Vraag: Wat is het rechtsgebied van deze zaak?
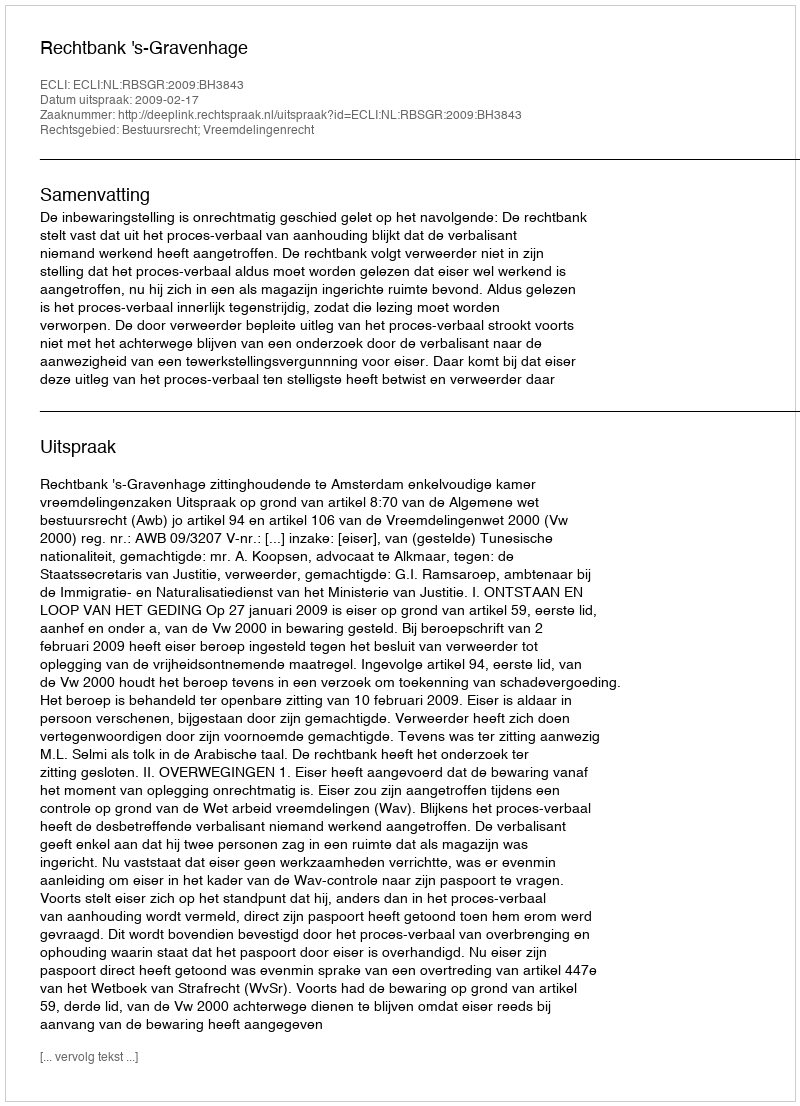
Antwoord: Bestuursrecht; Vreemdelingenrecht